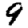
Digit: 9